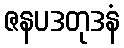
ဇနပဒတုဒနံ